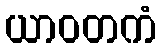
ယာဝတကံ